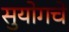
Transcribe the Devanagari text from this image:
सुयोगचे